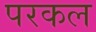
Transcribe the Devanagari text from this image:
परकल